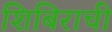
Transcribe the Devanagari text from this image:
शिबिराची